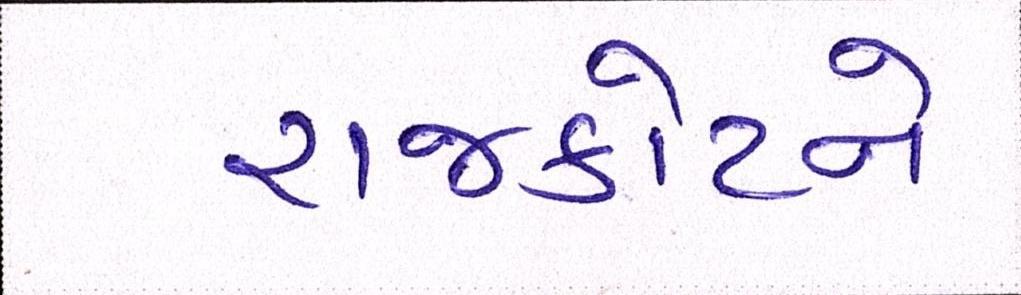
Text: રાજકોટને